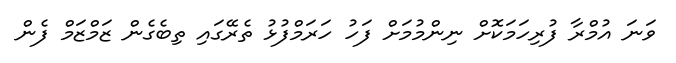
ވަނަ އުމްރާ ފުރިހަމަކޮށް ނިންމުމަށް ފަހު ހަރަމްފުޅު ތެރޭގައި ތިބެގެން ޒަމްޒަމް ފެން